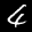
Label: 4